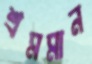
শ্রমমান